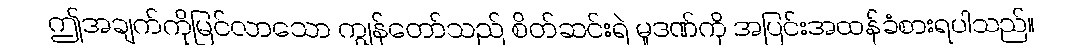
ဤအချက်ကိုမြင်လာသော ကျွန်တော်သည် စိတ်ဆင်းရဲ မှုဒဏ်ကို အပြင်းအထန်ခံစားရပါသည်။